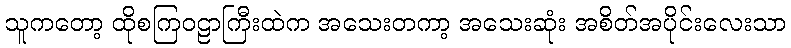
သူကတော့ ထိုစကြဝဠာကြီးထဲက အသေးတကာ့ အသေးဆုံး အစိတ်အပိုင်းလေးသာ